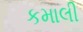
કમાલી